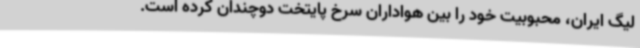
لیگ ایران، محبوبیت خود را بین هواداران سرخ پایتخت دوچندان کرده است.